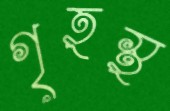
গৃহস্থ